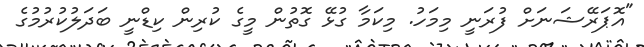
"އޮޕަރޭޝަނަށް ފުރަނީ މިމަހު. މިކަމާ ގުޅޭ ގޮތުން މީގެ ކުރިން ކިޑްނީ ބަދަލުކުރުމުގެ